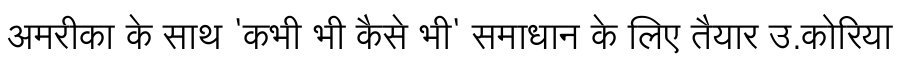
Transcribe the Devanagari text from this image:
अमरीका के साथ 'कभी भी कैसे भी' समाधान के लिए तैयार उ.कोरिया